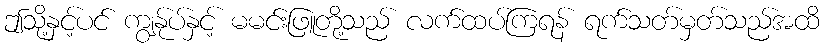
ဤသို့နှင့်ပင် ကျွန်ုပ်နှင့် မမင်းဖြူတို့သည် လက်ထပ်ကြရန် ရက်သတ်မှတ်သည်အထိ